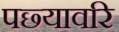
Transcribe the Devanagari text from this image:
पछ्यावरि